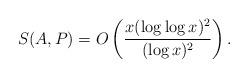
LaTeX: \begin{align*} S(A, P) = O \left( \frac{x (\log \log x)^2}{(\log x)^2} \right). \end{align*}